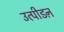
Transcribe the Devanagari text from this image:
उत्पीडऩ